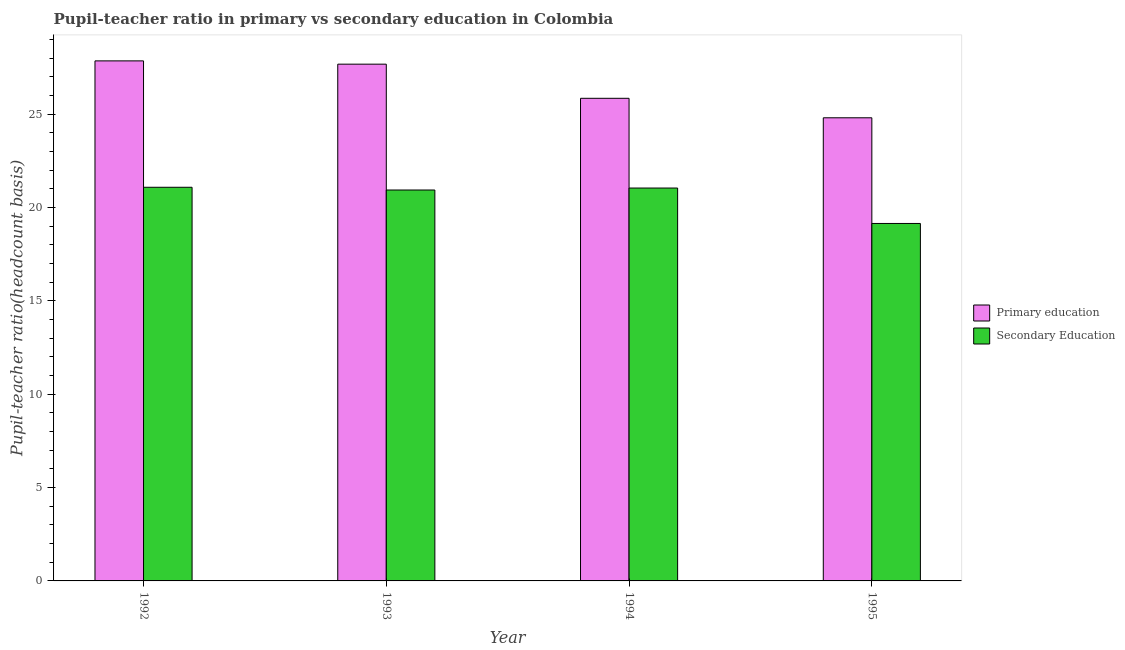
| Year | Primary education | Secondary Education |
 | --- | --- | --- |
 | 1992 | 27.9 | 21.1 |
 | 1993 | 27.7 | 20.9 |
 | 1994 | 25.9 | 21 |
 | 1995 | 24.8 | 19.2 |